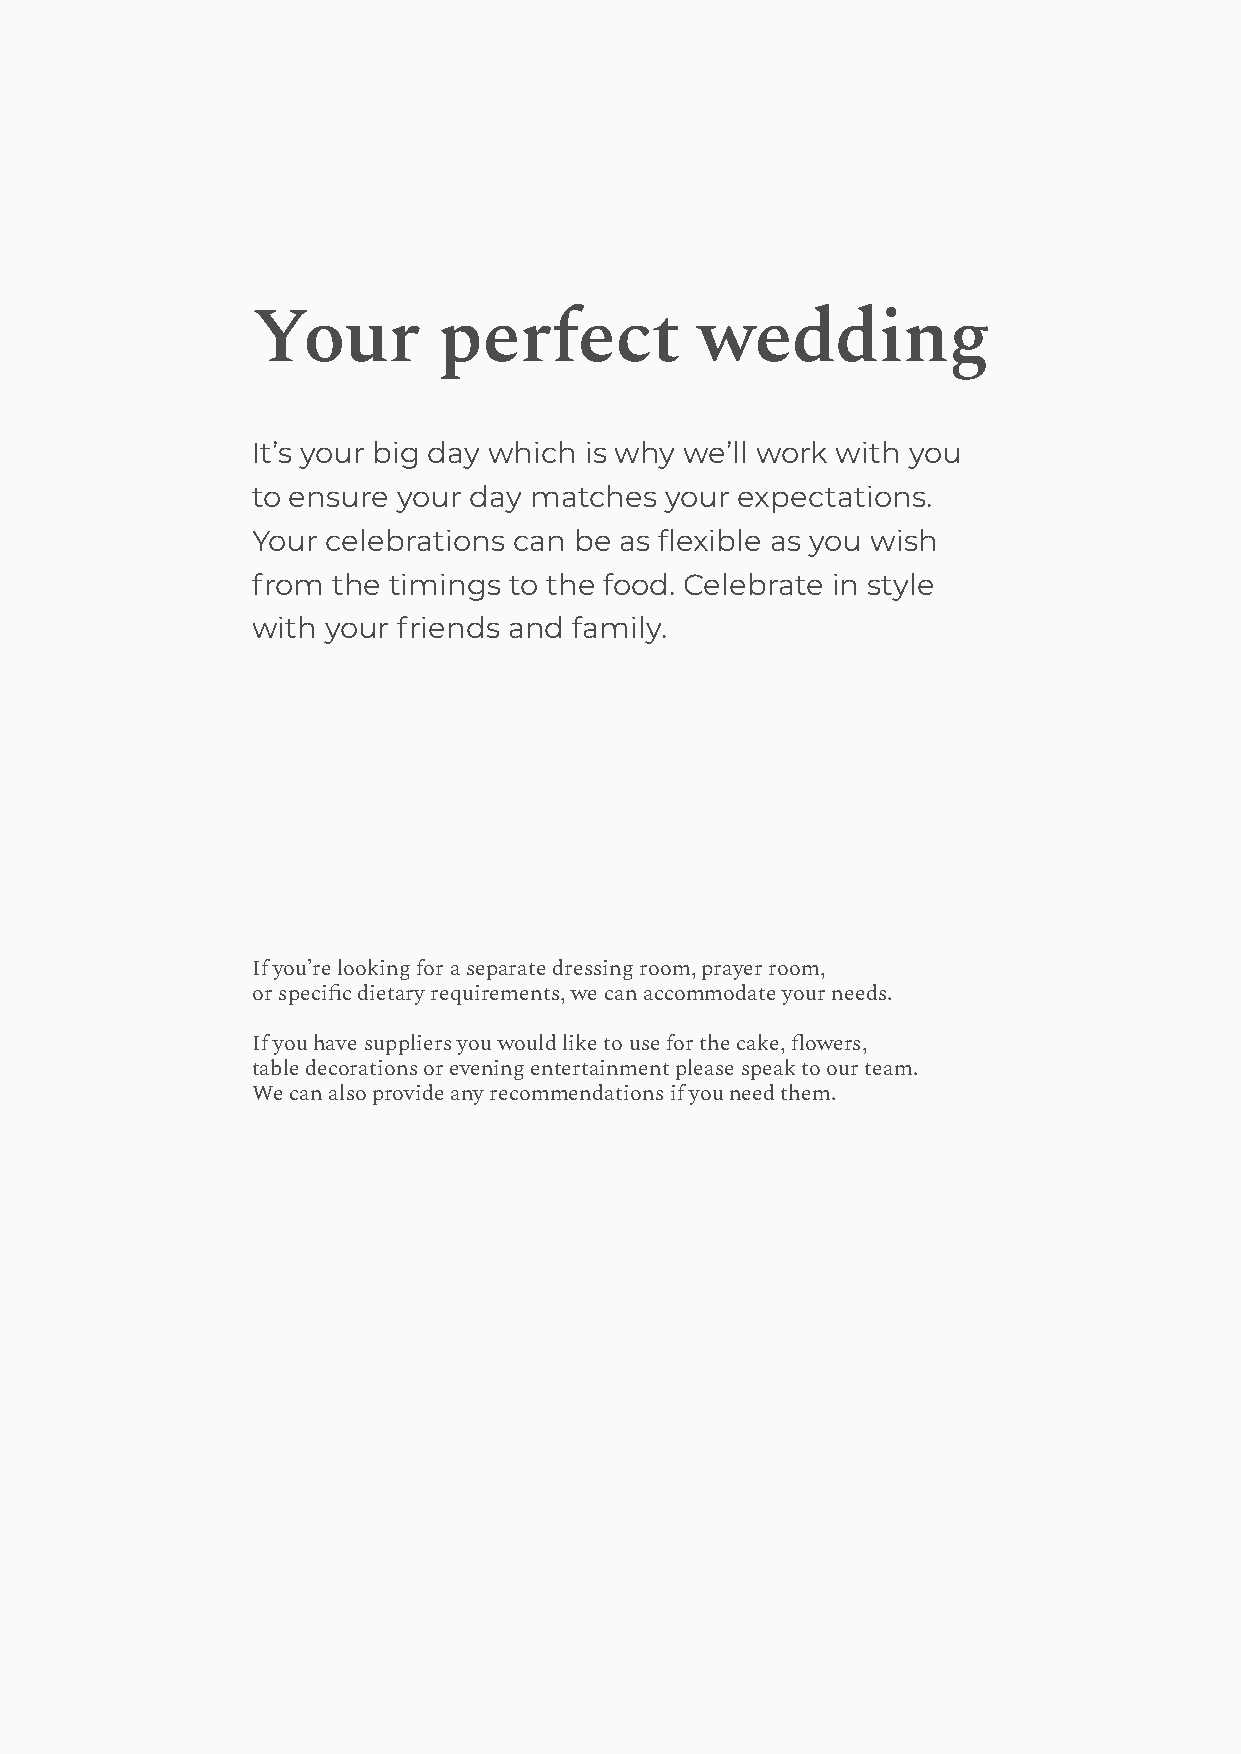
Your        perfect          wedding
 It’s your big day which is why we’ll work with you
 to ensure your day matches your expectations.
 Your celebrations can be as flexible as you wish
 from the timings to the food. Celebrate in style
 with your friends and family.
 If you’re looking for a separate dressing room, prayer room,
 or speci昀c dietary requirements, we can accommodate your needs.
 If you have suppliers you would like to use for the cake, 昀owers,
 table decorations or evening entertainment please speak to our team.
 We can also provide any recommendations if you need them.